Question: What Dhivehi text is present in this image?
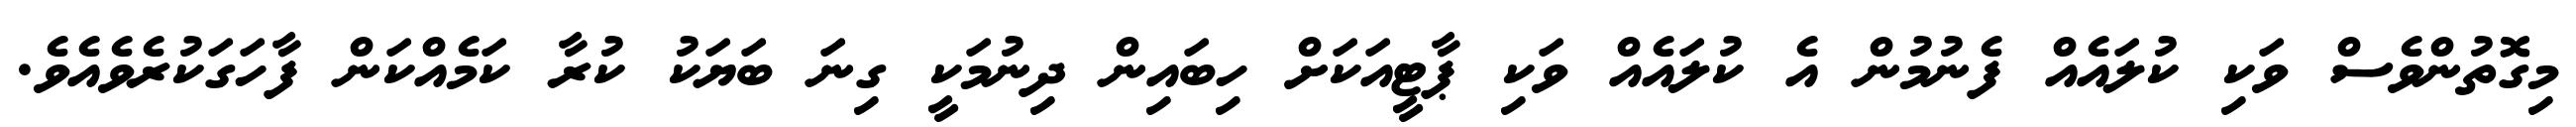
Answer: މިގޮތުންވެސް ވަކި ކުލައެއް ފެނުމުން އެ ކުލައެއް ވަކި ޕާޓީއަކަށް ހިބައިން ދިނުމަކީ ގިނަ ބަޔަކު ކުރާ ކަމެއްކަން ފާހަގަކުރެވެއެވެ.